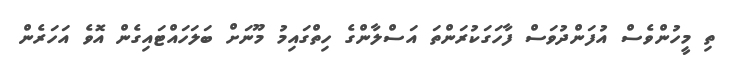
ތި މީހުންވެސް އުފަންދުވަސް ފާހަގަކުރަންތަ އަސްލާންގެ ހިތްގައިމު މޫނަށް ބަލަހައްޓައިގެން އޮވެ އަހަރެން